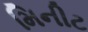
મિનીટ